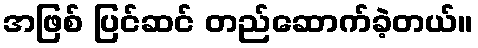
အဖြစ် ပြင်ဆင် တည်ဆောက်ခဲ့တယ်။